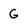
Character: G